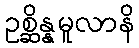
ဥစ္ဆိန္နမူလာနိ